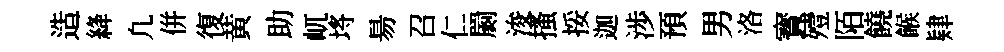
造絳凢併復黄助屼埓昜召仁罽浚搔挼迦渉預男洛寳殪陌饒餱肄